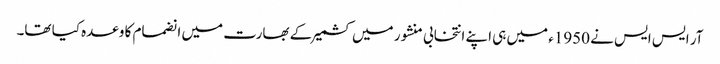
آر ایس ایس نے 1950ء میں ہی اپنے انتخابی منشور میں کشمیر کے بھارت میں انضمام کا وعدہ کیا تھا۔